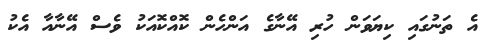
އެ ތަނުގައި ކިޔަވަން ހުރި އޭނާގެ އަންހެން ކޮއްކޮއަކު ވެސް އޭނާއާ އެކު